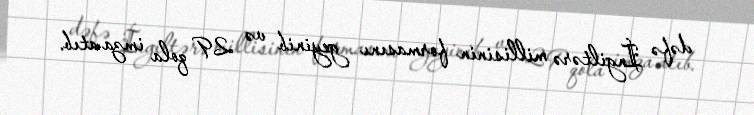
dəfə İngiltərə millisinin formasını geyinib və 29 qola imza atıb.